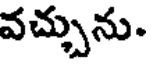
వచ్చును.